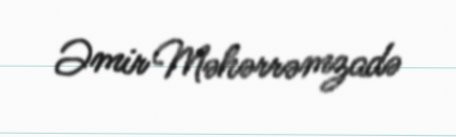
Əmir Məhərrəmzadə